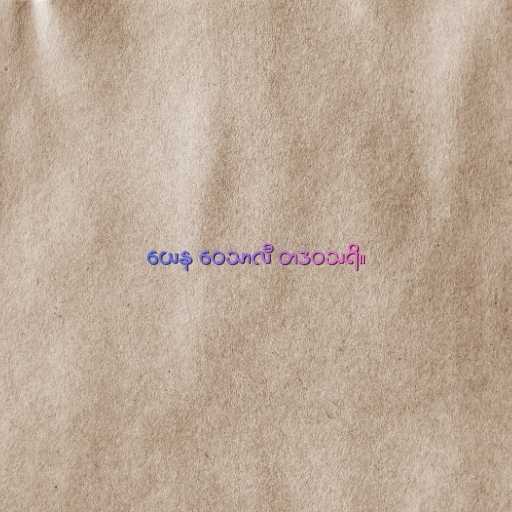
ယေန ဝေသာလီ တဒဝသရိ။